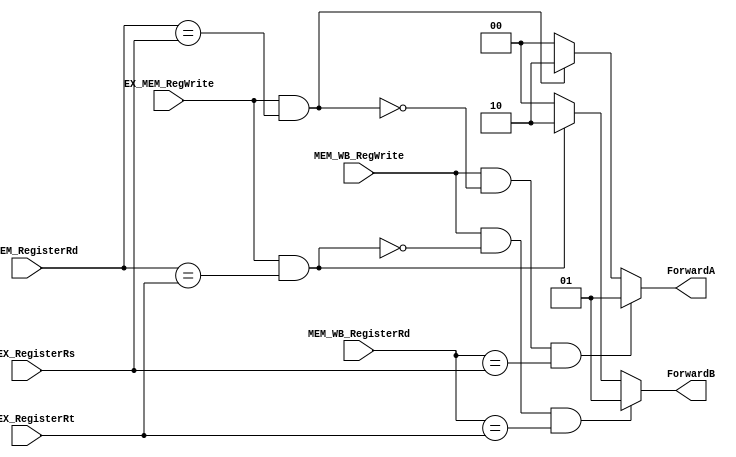
module ForwardingUnit (
    input       EX_MEM_RegWrite,
    input       MEM_WB_RegWrite,
    input [1:0] ID_EX_RegisterRs,
    input [1:0] ID_EX_RegisterRt,
    input [1:0] EX_MEM_RegisterRd,
    input [1:0] MEM_WB_RegisterRd,
    
    output [1:0] ForwardA,
    output [1:0] ForwardB
);
    assign ForwardA = ( MEM_WB_RegWrite && !( EX_MEM_RegWrite && ( EX_MEM_RegisterRd == ID_EX_RegisterRs )) && ( MEM_WB_RegisterRd == ID_EX_RegisterRs ) ) ? 2'b01 :
                                            ( EX_MEM_RegWrite && ( EX_MEM_RegisterRd == ID_EX_RegisterRs )) ? 2'b10 : 2'b00;  
    assign ForwardB = ( MEM_WB_RegWrite && !( EX_MEM_RegWrite && ( EX_MEM_RegisterRd == ID_EX_RegisterRt )) && ( MEM_WB_RegisterRd == ID_EX_RegisterRt ) ) ? 2'b01 :
                                            ( EX_MEM_RegWrite && ( EX_MEM_RegisterRd == ID_EX_RegisterRt )) ? 2'b10 : 2'b00;  
endmodule

/*
if (MEM/WB.RegWrite and (MEM/WB.RegisterRd != 0 and
    not (EX/MEM.RegWrite and (EX/MEM.RegisterRd != 0) and 
        (EX/MEM.RegisterRd == ID/EX.RegisterRs)) and
        (MEM/WB.RegisterRd = ID/EX.RegisterRs)) ForwardA = 01

if (MEM/WB.RegWrite and (MEM/WB.RegisterRd != 0)
 and not(EX/MEM.RegWrite and (EX/MEM.RegisterRd != 0)
 and (EX/MEM.RegisterRd == ID/EX.RegisterRt))
 and (MEM/WB.RegisterRd = ID/EX.RegisterRt)) ForwardB = 01


if (EX/MEM.RegWrite
and (EX/MEM.RegisterRd ? 0)
and (EX/MEM.RegisterRd = ID/EX.RegisterRs)) ForwardA = 10

if (EX/MEM.RegWrite
and (EX/MEM.RegisterRd ? 0)
and (EX/MEM.RegisterRd = ID/EX.RegisterRt)) ForwardB = 10
*/